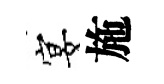
宴施